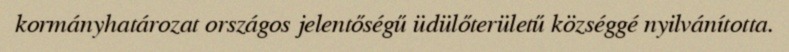
kormányhatározat országos jelentőségű üdülőterületű községgé nyilvánította.